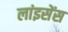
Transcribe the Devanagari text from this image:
लांइसेंस